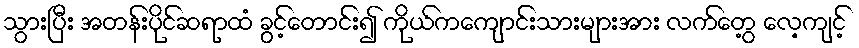
သွားပြီး အတန်းပိုင်ဆရာထံ ခွင့်တောင်း၍ ကိုယ်ကကျောင်းသားများအား လက်တွေ့ လေ့ကျင့်